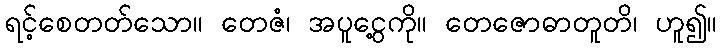
ရင့်စေတတ်သော။ တေဇံ၊ အပူငွေ့ကို။ တေဇောဓာတူတိ၊ ဟူ၍။